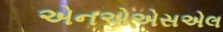
એનએએસએલ